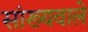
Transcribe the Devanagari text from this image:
सांख्यवाले